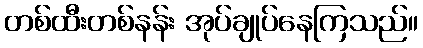
တစ်ထီးတစ်နန်း အုပ်ချုပ်နေကြသည်။